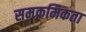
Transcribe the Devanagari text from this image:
समक्रमिकता